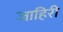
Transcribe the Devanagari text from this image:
जाहिरी